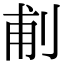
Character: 𠜙